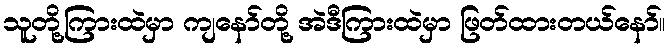
သူတို့ကြားထဲမှာ ကျနော်တို့ အဲဒီကြားထဲမှာ ဖြတ်ထားတယ်နော်။